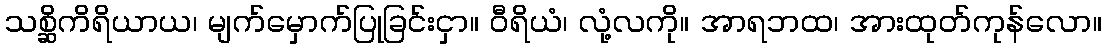
သစ္ဆိကိရိယာယ၊ မျက်မှောက်ပြုခြင်းငှာ။ ဝီရိယံ၊ လုံ့လကို။ အာရဘထ၊ အားထုတ်ကုန်လော။